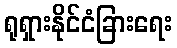
ရုရှားနိုင်ငံခြားရေး